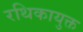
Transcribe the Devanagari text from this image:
रथिकायुक्त